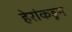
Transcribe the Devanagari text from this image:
हेरांकडून